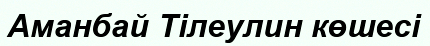
Аманбай Тілеулин көшесі